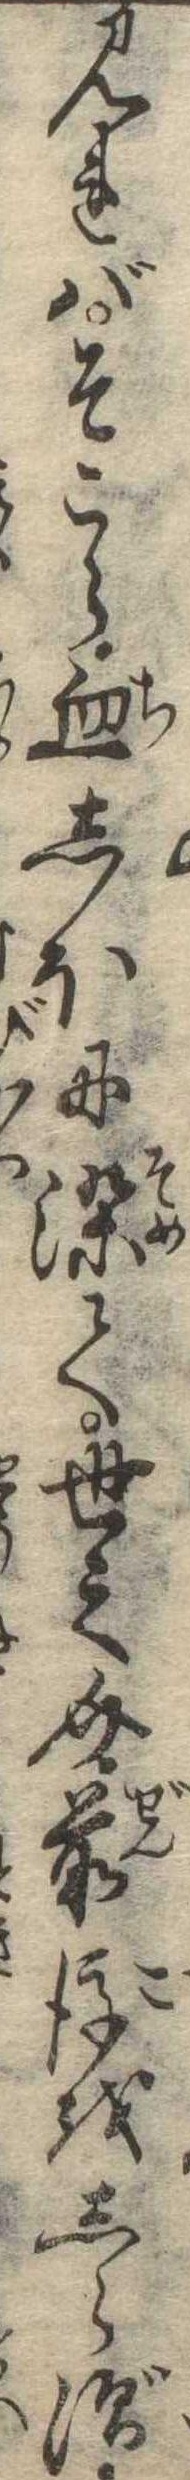
見ればそこら血しほに染て世之介前後をしらず